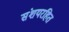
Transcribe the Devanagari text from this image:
संशयरहित